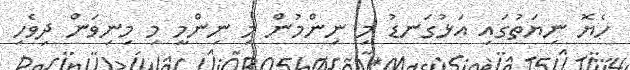
ހެޔޮ ނިޔަތުގައި އަޅުގަނޑު މި ނިންމުން މި ނިންމީ މި މިނިވަން ދިވެހި